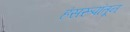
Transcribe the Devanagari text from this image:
हंसरूपांतून